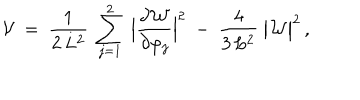
LaTeX: { \cal V } ~ = ~ { \frac { 1 } { 2 \, L ^ { 2 } } } ~ \sum _ { j = 1 } ^ { 2 } ~ \Big | { \frac { \partial { \cal W } } { \partial \varphi _ { j } } } \Big | ^ { 2 } ~ - ~ { \frac { 4 } { 3 \, L ^ { 2 } } } ~ \big | { \cal W } \big | ^ { 2 } \, ,